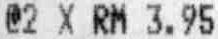
@2 X RM 3.95